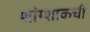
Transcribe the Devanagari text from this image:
शांग्शाकची